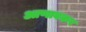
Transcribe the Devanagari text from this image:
आणावकर